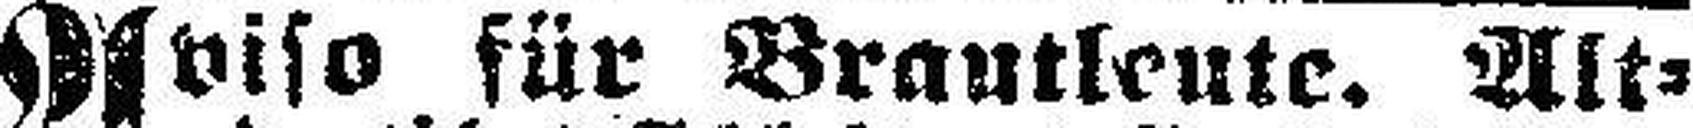
Aviso für Brautleute. Alt¬